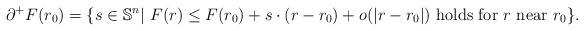
LaTeX: \begin{align*}\partial^+ F(r_0) = \{s\in \mathbb{S}^n| \ F(r) \le F(r_0)+ s\cdot (r-r_0) +o(|r-r_0|) \ {\rm holds} \ {\rm for} \ r \ {\rm near} \ r_0 \}.\end{align*}